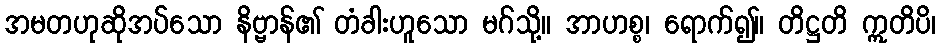
အမတဟုဆိုအပ်သော နိဗ္ဗာန်၏ တံခါးဟူသော မဂ်သို့။ အာဟစ္စ၊ ရောက်၍။ တိဋ္ဌတိ ဣတိပိ၊